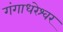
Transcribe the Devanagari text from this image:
गंगाधरेश्वर